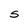
Character: S